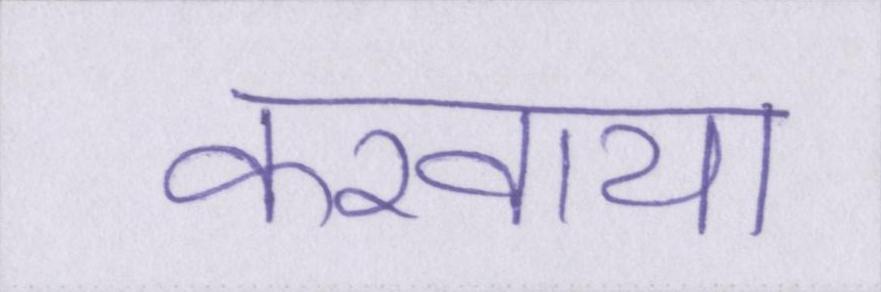
करवाया